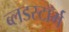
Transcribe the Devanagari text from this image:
ब्लडस्टॉर्म